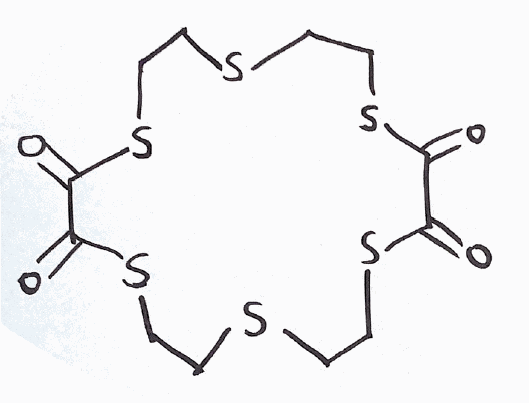
Simplified molecular-input line-entry system (SMILES) notation of the given molecule:
C1CSC(=O)C(=O)SCCSCCSC(=O)C(=O)SCCS1